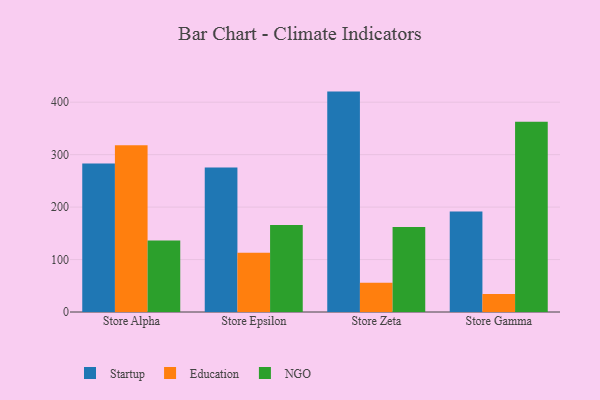
{"axis": {"x": "Store", "y": "Conversion Rate (%)"}, "legend": ["Education", "NGO", "Startup"], "data": [{"x": "Store Alpha", "y": 283.2, "type": "Startup"}, {"x": "Store Alpha", "y": 318.1, "type": "Education"}, {"x": "Store Alpha", "y": 136.1, "type": "NGO"}, {"x": "Store Epsilon", "y": 275.5, "type": "Startup"}, {"x": "Store Epsilon", "y": 112.9, "type": "Education"}, {"x": "Store Epsilon", "y": 165.7, "type": "NGO"}, {"x": "Store Zeta", "y": 420.2, "type": "Startup"}, {"x": "Store Zeta", "y": 55.8, "type": "Education"}, {"x": "Store Zeta", "y": 162.1, "type": "NGO"}, {"x": "Store Gamma", "y": 191.4, "type": "Startup"}, {"x": "Store Gamma", "y": 34.4, "type": "Education"}, {"x": "Store Gamma", "y": 362.8, "type": "NGO"}]}